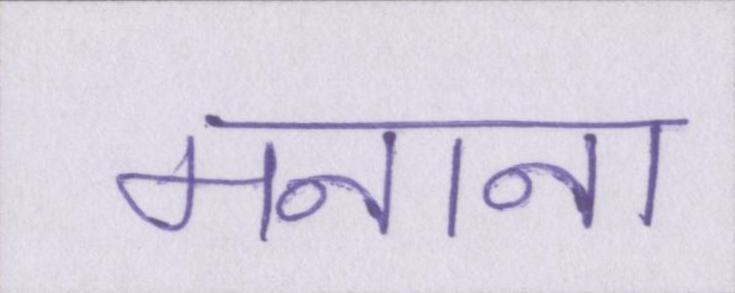
मनाना